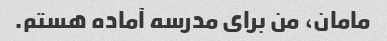
مامان، من برای مدرسه آماده هستم.